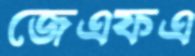
জেএফএ